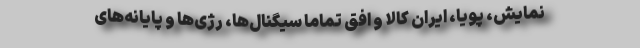
نمایش، پویا، ایران کالا و افق تماماً سیگنال‌ها، رژی‌ها و پایانه‌های